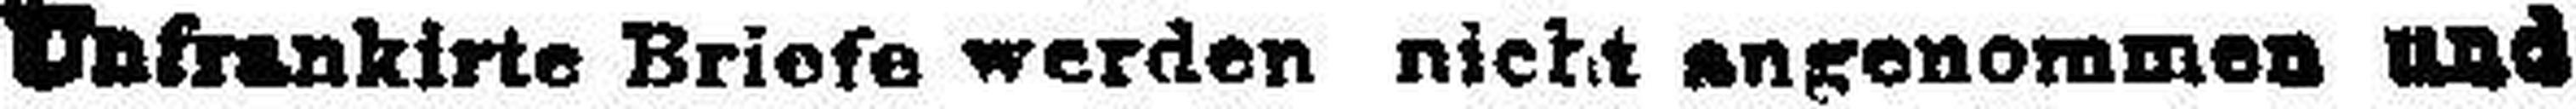
Unfrankirte Briefe werden nicht angenommen und